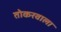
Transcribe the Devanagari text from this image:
तोकरवाला